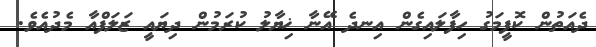
ދެއަތުން ކޮފީމަގު ހިފާލައިގެން އިނދެ އޭނާ ޚިޔާލު ކުރަމުން ދިޔައީ ޒަލަފްއާ މެދުއެވެ.